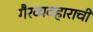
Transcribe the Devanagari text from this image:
गैरव्यवहाराची